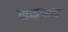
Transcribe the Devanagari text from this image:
कैकबाद